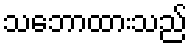
သဘောထားသည်